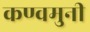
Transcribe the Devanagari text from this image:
कण्वमुनी